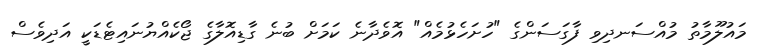
މައުލޫމާތު މުއްސަނދިވި ފާގަސަންގެ "ހުށަހެޅުމެއް" އޮވެދާނެ ކަމަށް ބުނެ ގާޑިއޮލާގެ ޖޯކެއްޔުނައިޓެޑަކީ އަދިވެސް